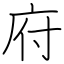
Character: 府